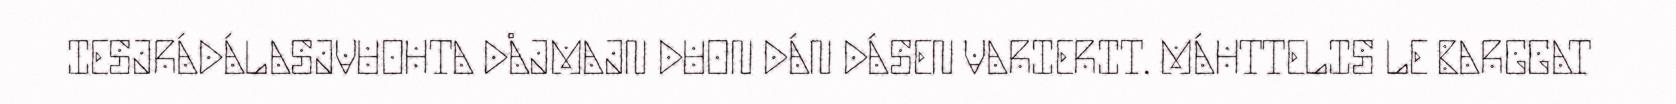
IESJRÁDÁLASJVUOHTA DÅJMAJN DUON DÁN DÁSEN VARIERIT. MÁHTTELIS LE BARGGAT